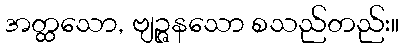
အတ္ထသော, ဗျဉ္ဇနသော စသည်တည်း။